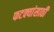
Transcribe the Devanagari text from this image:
फटक्यांसाठी